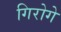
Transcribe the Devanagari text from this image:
गिरोगे